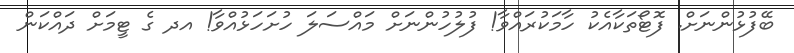
ބޭފުޅުންނަށް. ފޮޓޯތަކާއެކު ހާމަކުރައްވާ! ފުލުހުންނަށް މައްސަލަ ހުށަހަޅުއްވާ! އދ ގެ ޓީމަށް ދައްކަން